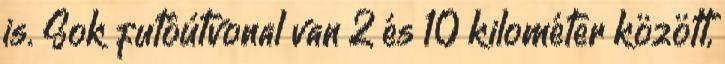
is. Sok futóútvonal van 2 és 10 kilométer között,